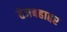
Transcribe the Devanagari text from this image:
तेजबहाद्दर